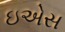
ઇએસ